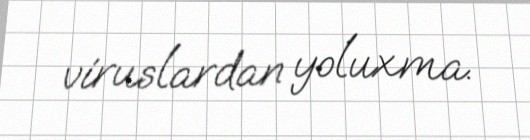
viruslardan yoluxma.